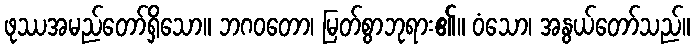
ဖုဿအမည်တော်ရှိသော။ ဘဂဝတော၊ မြတ်စွာဘုရား၏။ ဝံသော၊ အနွယ်တော်သည်။